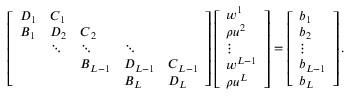
\left[ \begin{array} { l l l l l } { \boldsymbol { D } _ { 1 } } & { \boldsymbol { C } _ { 1 } } & & & \\ { \boldsymbol { B } _ { 1 } } & { \boldsymbol { D } _ { 2 } } & { \boldsymbol { C } _ { 2 } } & & \\ & { \boldsymbol { \ddots } } & { \boldsymbol { \ddots } } & { \boldsymbol { \ddots } } & \\ & & { \boldsymbol { B } _ { L - 1 } } & { \boldsymbol { D } _ { L - 1 } } & { \boldsymbol { C } _ { L - 1 } } \\ & & & { \boldsymbol { B } _ { L } } & { \boldsymbol { D } _ { L } } \end{array} \right] \left[ \begin{array} { l } { \boldsymbol { w } ^ { 1 } } \\ { \boldsymbol { \rho u } ^ { 2 } } \\ { \boldsymbol { \vdots } } \\ { \boldsymbol { w } ^ { L - 1 } } \\ { \boldsymbol { \rho u } ^ { L } } \end{array} \right] = \left[ \begin{array} { l } { \boldsymbol { b } _ { 1 } } \\ { \boldsymbol { b } _ { 2 } } \\ { \boldsymbol { \vdots } } \\ { \boldsymbol { b } _ { L - 1 } } \\ { \boldsymbol { b } _ { L } } \end{array} \right] .